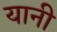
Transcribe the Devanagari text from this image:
यानी